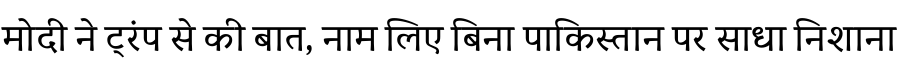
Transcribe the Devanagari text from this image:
मोदी ने ट्रंप से की बात, नाम लिए बिना पाकिस्तान पर साधा निशाना